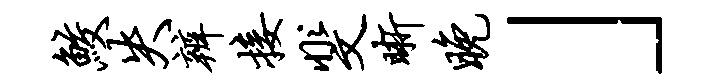
鲛失辨接斐晰晚」